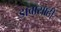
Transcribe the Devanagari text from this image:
डावासाठी